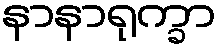
နာနာရုက္ခာ